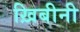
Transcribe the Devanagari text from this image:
ख़िबीनी